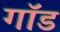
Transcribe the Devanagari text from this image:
गाॅड